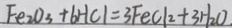
F e _ { 2 } O _ { 3 } + b H C l = 3 F e C l _ { 2 } + 3 H _ { 2 } O